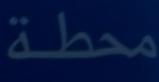
محطة